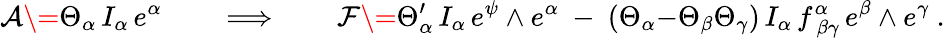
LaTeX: \mathcal{A}\= \Theta_{\alpha}\, I_{\alpha}\, e^{\alpha}\qquad\Longrightarrow\qquad\mathcal{F}\= \Theta_{\alpha}^{\prime}\, I_{\alpha}\, e^{\psi}\wedge e^{\alpha}\ -\ (\Theta_{\alpha}{-}\Theta_{\beta}\Theta_{\gamma})\, I_{\alpha}\, f_{\ \beta\gamma}^{\alpha}\, e^{\beta}\wedge e^{\gamma}\ .